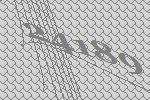
24189